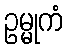
ဥမ္မုကံ